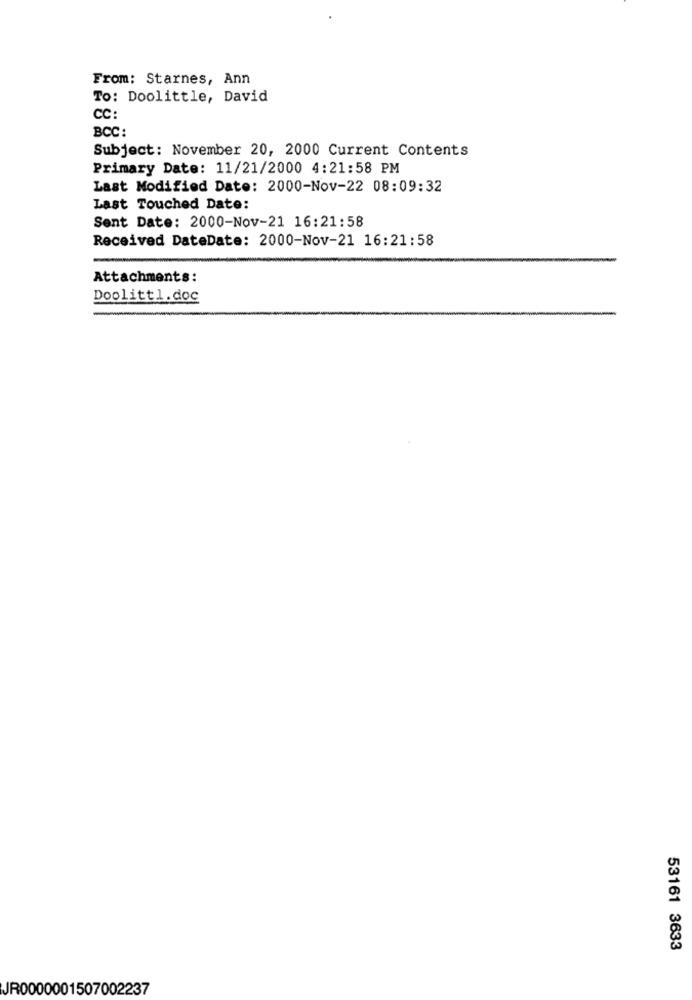
From: Starnes, Ann
To: Doolittle, David
CC:
BCC:
Subject: November 20, 2000 Current Contents
Primary Date: 11/21/2000 4:21:58 PM
Last Modified Date: 2000-Nov-22 08:09:32
Last Touched Date:
Sent Date: 2000-Nov-21 16:21:58
Received DateDate: 2000-Nov-21 16:21:58
Attachments:
Doolittl.doc
53161 3633
JR0000001507002237